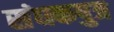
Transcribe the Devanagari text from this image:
संघकपुत्र